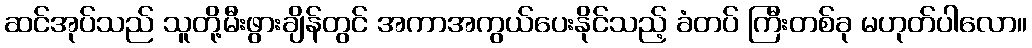
ဆင်အုပ်သည် သူတို့မီးဖွားချိန်တွင် အကာအကွယ်ပေးနိုင်သည့် ခံတပ် ကြီးတစ်ခု မဟုတ်ပါလော။